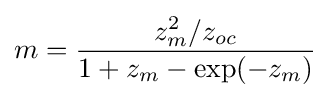
m={\frac {z_{m}^{2}/z_{oc}}{1+z_{m}-\exp(-z_{m})}}